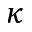
\kappa